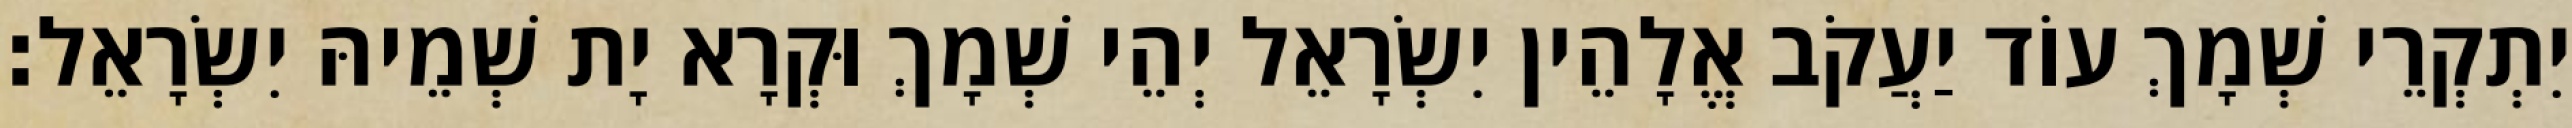
יִתְקְרֵי שְׁמָךְ עוֹד יַעֲקֹב אֱלָהֵין יִשְׂרָאֵל יְהֵי שְׁמָךְ וּקְרָא יָת שְׁמֵיהּ יִשְׂרָאֵל׃